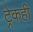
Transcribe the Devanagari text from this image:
ट्रेकही